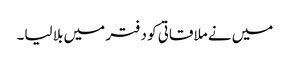
میں نے ملاقاتی کو دفتر میں بلا لیا۔